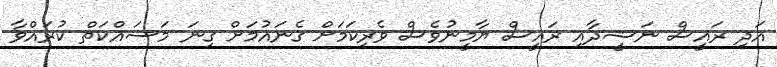
އަދި ރައީސް ނަޝީދާއި ރައީސް ޔާމީނުވެސް ވެރިކަމަށް ގެނައުމަށް ގިނަ މަސައްކަތް ކުރައްވާ